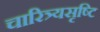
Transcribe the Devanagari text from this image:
चारित्र्यसृष्टि